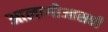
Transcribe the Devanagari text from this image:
आलागोआसची